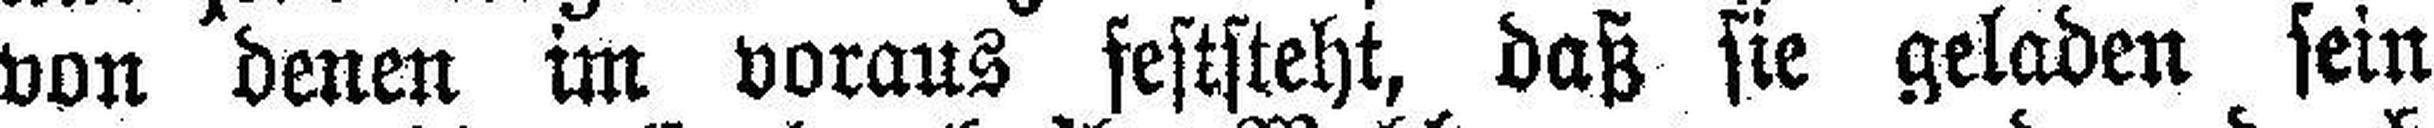
von denen im voraus feststeht, daß sie geladen sein